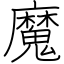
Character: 魔